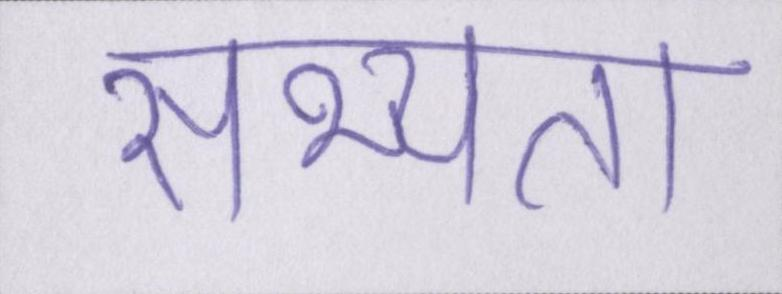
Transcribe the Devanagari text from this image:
सभ्यता